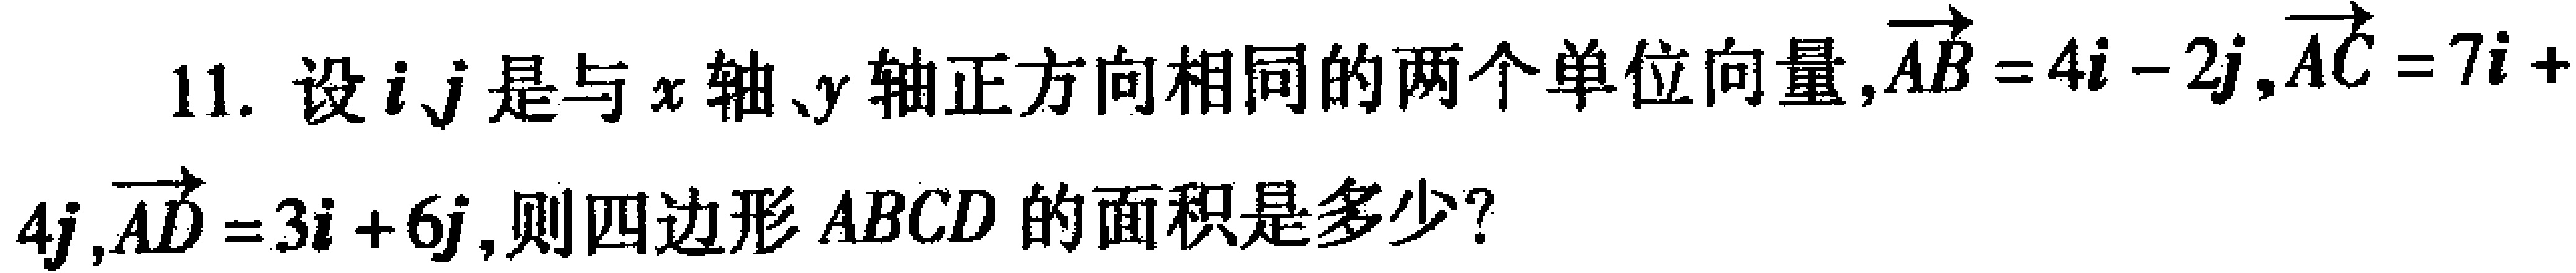
11. 设\(\boldsymbol{i}、\boldsymbol{j}\)是与\(x\)轴、\(y\)轴正方向相同的两个单位向量，\(\overrightarrow{AB}=4\boldsymbol{i} - 2\boldsymbol{j}\)，\(\overrightarrow{AC}=7\boldsymbol{i} + 4\boldsymbol{j}\)，\(\overrightarrow{AD}=3\boldsymbol{i} + 6\boldsymbol{j}\)，则四边形\(ABCD\)的面积是多少？